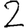
Digit: 2